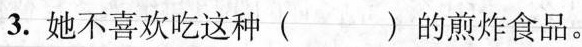
3. 她不喜欢吃这种( )的煎炸食品。